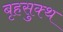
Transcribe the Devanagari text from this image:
बृहसुक्थ